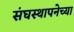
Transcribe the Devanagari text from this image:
संघस्थापनेच्या